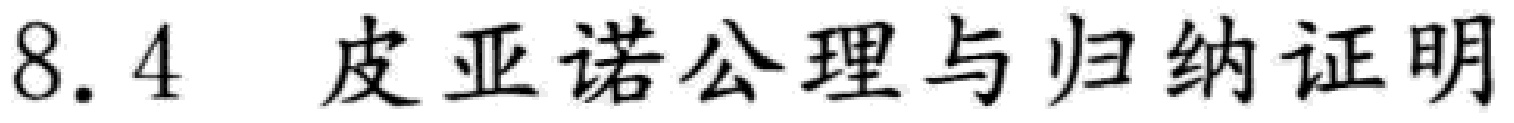
8.4 皮亚诺公理与归纳证明